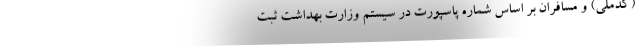
(کدملی) و مسافران بر اساس شماره پاسپورت در سیستم وزارت بهداشت ثبت